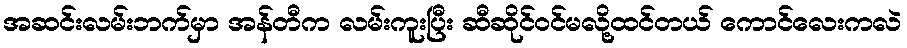
အဆင်းလမ်းဘက်မှာ အန်တီက လမ်းကူးပြီး ဆီဆိုင်ဝင်မလို့ထင်တယ် ကောင်လေးကလဲ